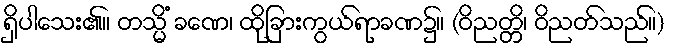
ရှိပါသေး၏။ တသ္မိံ ခဏေ၊ ထိုခြားကွယ်ရာခဏ၌။ (ဝိညတ္တိ၊ ဝိညတ်သည်။)